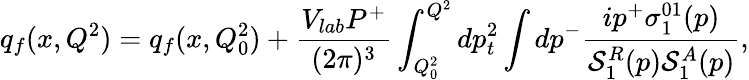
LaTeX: q_{f}(x,Q^{2})=q_{f}(x,Q_{0}^{2})+{\frac{V_{lab}P^{+}}{(2\pi)^{3}}}\int_{Q_{0}^{2}}^{Q^{2}}dp_{t}^{2}\int dp^{-}{\frac{ip^{+}\sigma_{1}^{01}(p)}{{\cal S}_{1}^{R}(p){\cal S}_{1}^{A}(p)}},